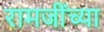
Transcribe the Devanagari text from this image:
रामजींच्या